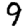
Digit: 9